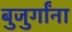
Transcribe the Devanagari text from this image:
बुजुर्गांना